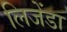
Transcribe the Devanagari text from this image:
लिजेंडा